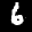
Label: 6